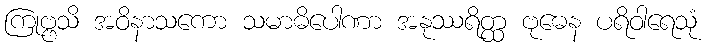
ကြုဗ္ဗသိ အဝိနာသကော သမာဓိပေါဏာ အနုဿရိတ္ထ ဗုဓေန ပရိဝါရေသုံ